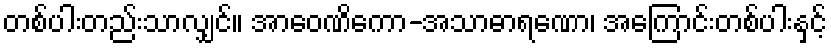
တစ်ပါးတည်းသာလျှင်။ အာဝေဏိကော-အသာဓာရဏော၊ အကြောင်းတစ်ပါးနှင့်